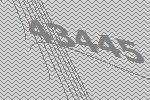
43445